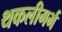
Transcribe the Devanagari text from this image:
थकलीगर्भ